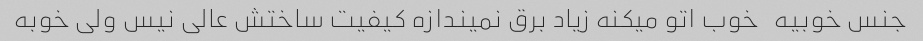
جنس خوبیه   خوب اتو میکنه زیاد برق نمیندازه کیفیت ساختش عالی نیس ولی خوبه